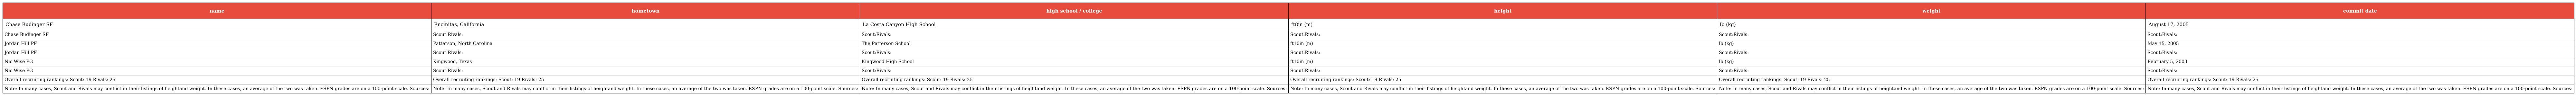
| name | hometown | high school / college | height | weight | commit date |
 | --- | --- | --- | --- | --- | --- |
 | Chase Budinger SF | Encinitas, California | La Costa Canyon High School | ft8in (m) | lb (kg) | August 17, 2005 |
 | Chase Budinger SF | Scout:Rivals: | Scout:Rivals: | Scout:Rivals: | Scout:Rivals: | Scout:Rivals: |
 | Jordan Hill PF | Patterson, North Carolina | The Patterson School | ft10in (m) | lb (kg) | May 15, 2005 |
 | Jordan Hill PF | Scout:Rivals: | Scout:Rivals: | Scout:Rivals: | Scout:Rivals: | Scout:Rivals: |
 | Nic Wise PG | Kingwood, Texas | Kingwood High School | ft10in (m) | lb (kg) | February 5, 2003 |
 | Nic Wise PG | Scout:Rivals: | Scout:Rivals: | Scout:Rivals: | Scout:Rivals: | Scout:Rivals: |
 | Overall recruiting rankings: Scout: 19 Rivals: 25 | Overall recruiting rankings: Scout: 19 Rivals: 25 | Overall recruiting rankings: Scout: 19 Rivals: 25 | Overall recruiting rankings: Scout: 19 Rivals: 25 | Overall recruiting rankings: Scout: 19 Rivals: 25 | Overall recruiting rankings: Scout: 19 Rivals: 25 |
 | Note: In many cases, Scout and Rivals may conflict in their listings of heightand weight. In these cases, an average of the two was taken. ESPN grades are on a 100-point scale. Sources: | Note: In many cases, Scout and Rivals may conflict in their listings of heightand weight. In these cases, an average of the two was taken. ESPN grades are on a 100-point scale. Sources: | Note: In many cases, Scout and Rivals may conflict in their listings of heightand weight. In these cases, an average of the two was taken. ESPN grades are on a 100-point scale. Sources: | Note: In many cases, Scout and Rivals may conflict in their listings of heightand weight. In these cases, an average of the two was taken. ESPN grades are on a 100-point scale. Sources: | Note: In many cases, Scout and Rivals may conflict in their listings of heightand weight. In these cases, an average of the two was taken. ESPN grades are on a 100-point scale. Sources: | Note: In many cases, Scout and Rivals may conflict in their listings of heightand weight. In these cases, an average of the two was taken. ESPN grades are on a 100-point scale. Sources: |